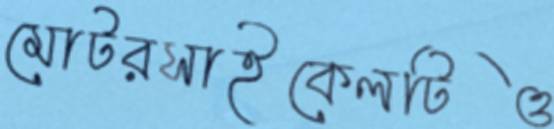
মোটরসাইকেলটিও